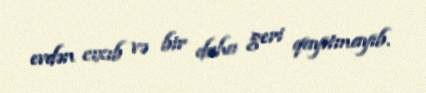
evdən cıxıb və bir daha geri qayıtmayıb.